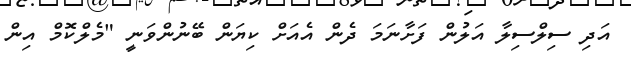
އަދި ސިިލްސިލާ އަލުން ފަށާނަމަ ދެން އެއަށް ކިޔަން ބޭނުންވަނީ "މެލްކޮމް އިން